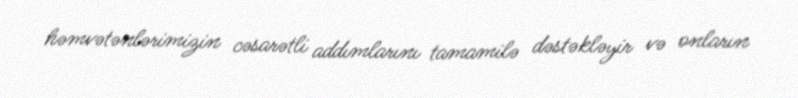
həmvətənlərimizin cəsarətli addımlarını tamamilə dəstəkləyir və onların